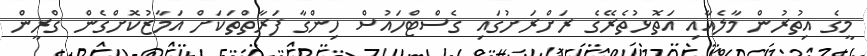
މީގެ އިތުރުން މާލެއާއި އަތޮޅުތެރޭގެ ރަށްރަށުގައި ގެސްޓްހައުސް ހިންގާ ފަރާތްތަކަށް އަމާޒުކޮށްގެން ގްރީން